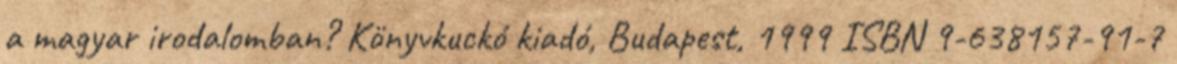
a magyar irodalomban? Könyvkuckó kiadó, Budapest, 1999 ISBN 9-638157-91-7